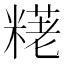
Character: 𫃊